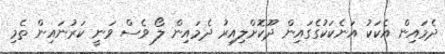
ދެމައިން އެކަކު އަނެކަކުގެގައިިން ދޫކޮށްލިއިރު ދެމައިން ލޯ ވެސް ވަނީ ކަރުނައިން ތެމި